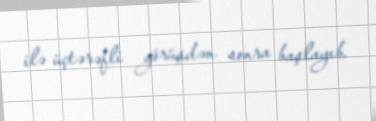
ilə üçtərəfli görüşdən sonra başlayıb.